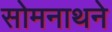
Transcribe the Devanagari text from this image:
सोमनाथने